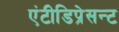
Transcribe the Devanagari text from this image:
एंटीडिप्रेसन्ट